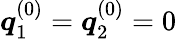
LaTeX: \boldsymbol{q}_{1}^{(0)}=\boldsymbol{q}_{2}^{(0)}=0